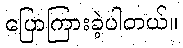
ပြောကြားခဲ့ပါတယ်။